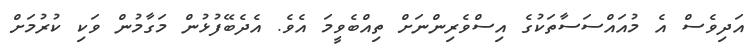
އަދިވެސް އެ މުއައްސަސާތަކުގެ އިސްވެރިންނަށް ތިއްބެވީމަ އެވެ. އެދެބޭފުޅުން މަގާމުން ވަކި ކުރުމަށް